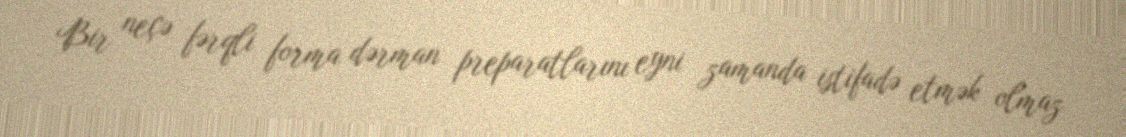
Bir neçə fərqli forma dərman preparatlarını eyni zamanda istifadə etmək olmaz